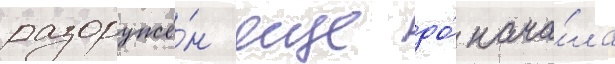
разоружё́н еще до́ нача́ла